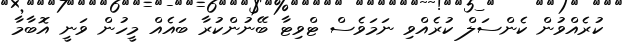
ކުރެއްވުން ކެންސަލް ކުރެއްވި ނަމަވެސް ޓްވިޓާ ބޭނުންކުރާ ބައެއް މީހުން ވަނީ އޮބާމާ